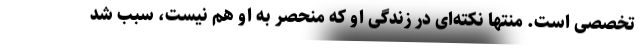
تخصصی است. منتها نکته‌ای در زندگی او که منحصر به او هم نیست، سبب شد